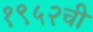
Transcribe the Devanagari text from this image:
१९५२ची